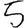
Digit: 5